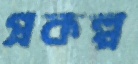
প্রকল্প